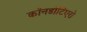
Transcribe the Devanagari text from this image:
कॉनडोटिएरो